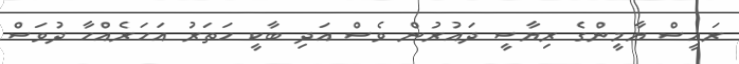
ރައީސް ޔާމީންގެ ރިޔާސީ ދައުރުން ވެސް އަދި ބާކީ ހަތަރު އަހަރެއްހާ ދުވަސް